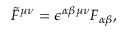
\tilde { F } ^ { \mu \nu } = \epsilon ^ { \alpha \beta \mu \nu } F _ { \alpha \beta } ,